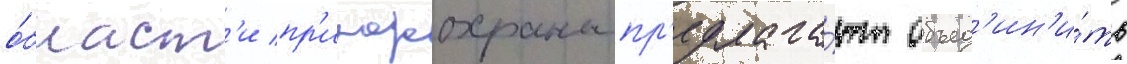
о́бласт'и пр'иродоохраны пр'едлага́ют объед'ин'и́ть